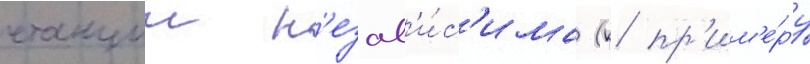
станции н'езав'и́с'има (к пр'им'е́ру